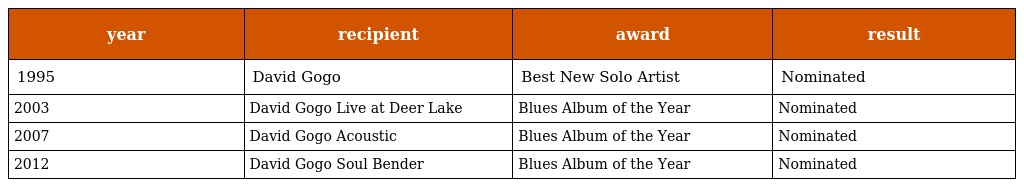
| year | recipient | award | result |
 | --- | --- | --- | --- |
 | 1995 | David Gogo | Best New Solo Artist | Nominated |
 | 2003 | David Gogo Live at Deer Lake | Blues Album of the Year | Nominated |
 | 2007 | David Gogo Acoustic | Blues Album of the Year | Nominated |
 | 2012 | David Gogo Soul Bender | Blues Album of the Year | Nominated |